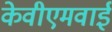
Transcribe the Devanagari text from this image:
केवीएमवाई